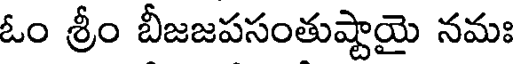
ఓం శ్రీం బీజజపసంతుష్టాయై నమః